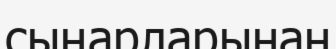
сыңарларынан